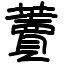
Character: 藚